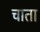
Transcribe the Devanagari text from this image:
चाता